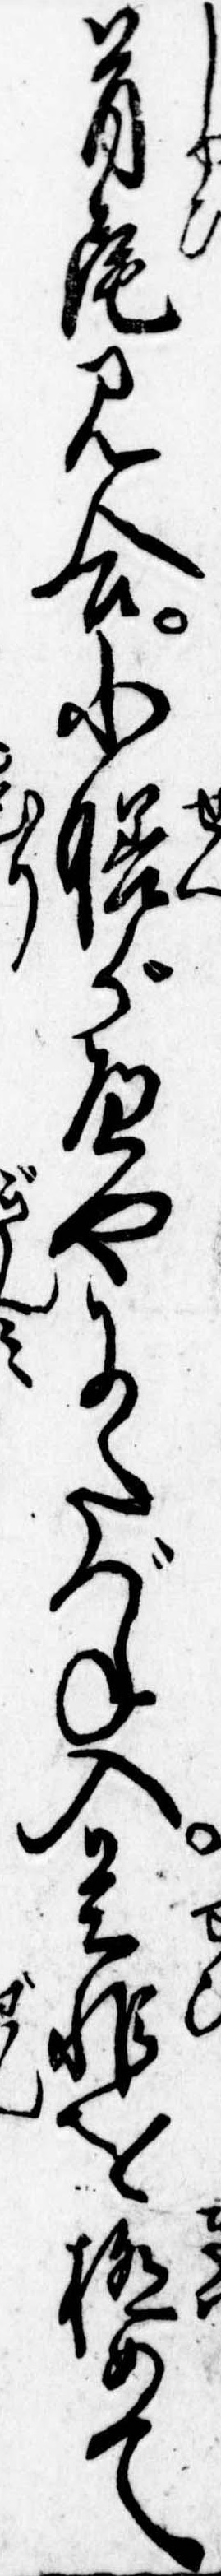
首尾見合小膳がへやにたづね入是非を極めて